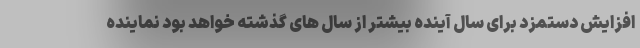
افزایش دستمزد برای سال آینده بیشتر از سال های گذشته خواهد بود نماینده